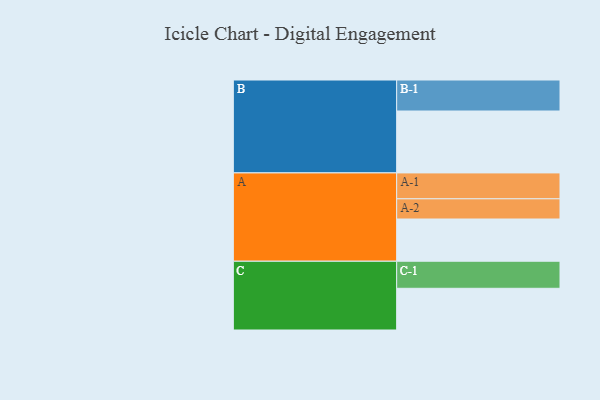
{"axis": {"x": "Segment", "y": "Value"}, "legend": ["", "A", "B", "C"], "data": [{"x": "A", "y": 395, "type": ""}, {"x": "B", "y": 579, "type": ""}, {"x": "C", "y": 390, "type": ""}, {"x": "A-1", "y": 242, "type": "A"}, {"x": "A-2", "y": 189, "type": "A"}, {"x": "B-1", "y": 290, "type": "B"}, {"x": "C-1", "y": 253, "type": "C"}]}